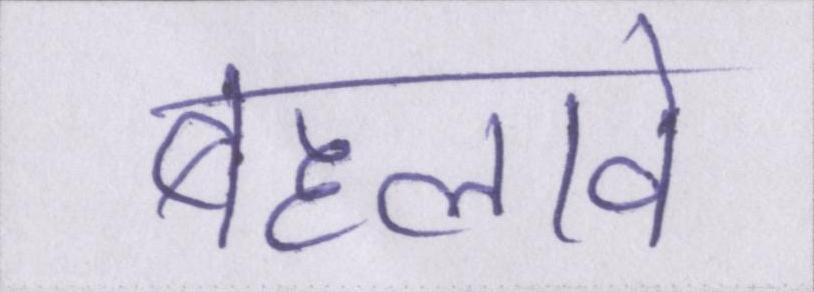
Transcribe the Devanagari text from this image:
बहलावे